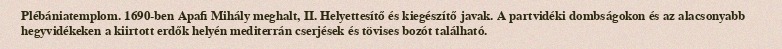
Plébániatemplom. 1690-ben Apafi Mihály meghalt, II. Helyettesítő és kiegészítő javak. A partvidéki dombságokon és az alacsonyabb hegyvidékeken a kiirtott erdők helyén mediterrán cserjések és tövises bozót található.